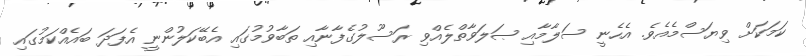
ކަމަކަށް ވިޔަސްމެއެވެ. އެހެނީ ސަލާމާއި ޞަލަވާތްލެއްވި ރަސޫލުގެފާނާއި ތަބާވުމުގައި އެބޭކަލުންނީ އެފަދަ ބައެއްކަމުގައި